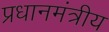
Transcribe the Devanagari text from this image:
प्रधानमंत्रीय